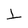
Character: L